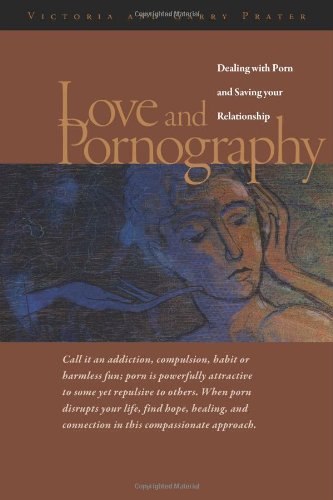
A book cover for Love and Pornography: Dealing with Porn and Saving your Relationship; Victoria Prater; Health, Fitness & Dieting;